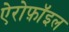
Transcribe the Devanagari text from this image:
ऐरोफ़ॉइल